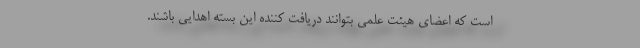
است که اعضای هیئت علمی بتوانند دریافت کننده این بسته اهدایی باشند.